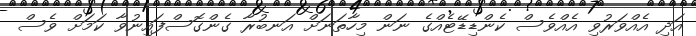
އަދި އެއްވަރުވި އެއްވެސް ކެންޑިޑޭޓެއްގެ ނަން މިހާތަނަށް އަނބުރާ ގެންގޮސްފައިނުވާ ކަމަށް ވެސް